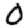
Digit: 0